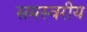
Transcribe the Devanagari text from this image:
समस्वरीय